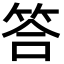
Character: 答